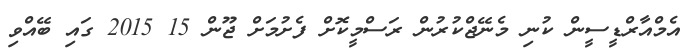
އެމްއާރްޑީސީން ކުނި މެނޭޖްކުރުން ރަސްމީކޮށް ފެށުމަށް ޖޫން 15 2015 ގައި ބޭއްވި